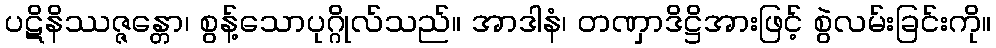
ပဋိနိဿဇ္ဇန္တော၊ စွန့်သောပုဂ္ဂိုလ်သည်။ အာဒါနံ၊ တဏှာဒိဋ္ဌိအားဖြင့် စွဲလမ်းခြင်းကို။